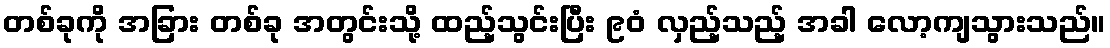
တစ်ခုကို အခြား တစ်ခု အတွင်းသို့ ထည့်သွင်းပြီး ၉၀ံ လှည့်သည့် အခါ လော့ကျသွားသည်။